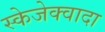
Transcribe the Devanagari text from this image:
स्केजेक्वादा